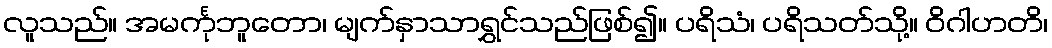
လူသည်။ အမင်္ကုဘူတော၊ မျက်နှာသာရွှင်သည်ဖြစ်၍။ ပရိသံ၊ ပရိသတ်သို့။ ဝိဂါဟတိ၊